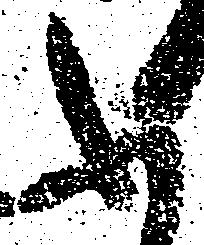
ふ